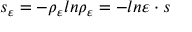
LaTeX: s _ { \varepsilon } = - \rho _ { \varepsilon } l n \rho _ { \varepsilon } = - l n \varepsilon \cdot s